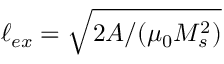
\ell _ { e x } = \sqrt { 2 A / ( \mu _ { 0 } M _ { s } ^ { 2 } ) }